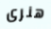
هنرى